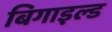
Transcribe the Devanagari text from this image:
बिगाइल्ड